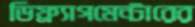
ডিফ্র্যাগমেন্টারের